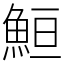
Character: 䱎